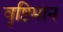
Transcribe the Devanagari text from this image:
वृष्टिमान